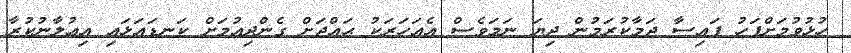
ހުޅުވުމަށްފަހު ފައިސާ ޖަމާކުރަމުން ދިޔަ ނަމަވެސް އެއަހަރަކު ޙައްޖަށް ގެންދިއުމަށް ކަނޑައަޅައި އިޢުލާނުކުރާ